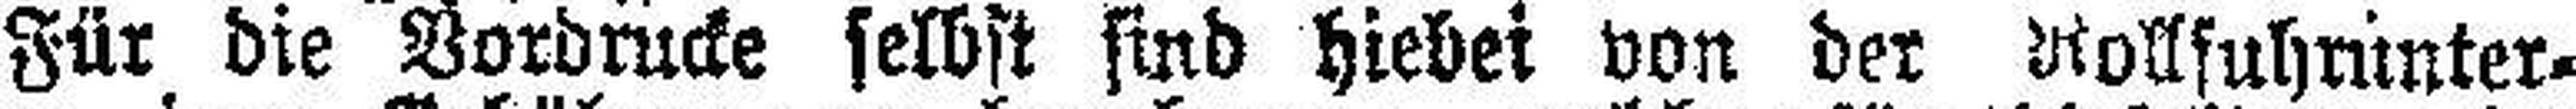
Für die Vordrucke selbst sind hiebei von der Rollfuhrunter¬